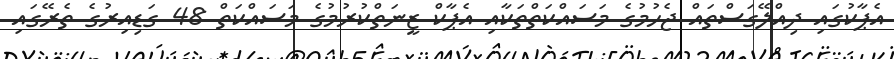
އެޕާކުގައި ދިއްލޭގަސްތައް ޖެހުމުގެ މަސައްކަތްތަކާއި އެޕާކް ޒީނަތްކުރުމުގެ މަސައްކަތް 48 ގަޑިއިރުގެ ތެރޭގައި